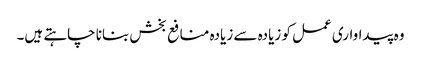
وہ پیداواری عمل کو زیادہ سے زیادہ منافع بخش بنانا چاہتے ہیں۔